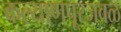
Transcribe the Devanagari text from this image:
कल्याणपूरजवळ